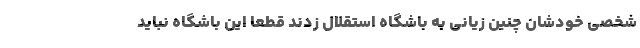
شخصی خودشان چنین زیانی به باشگاه استقلال زدند قطعاً این باشگاه نباید